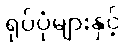
ရုပ်ပုံများနှင့်